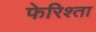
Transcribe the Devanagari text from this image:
फेरिश्ता